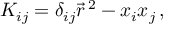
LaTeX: K _ { i j } = \delta _ { i j } \vec { r } ^ { \, 2 } - x _ { i } x _ { j } \, ,